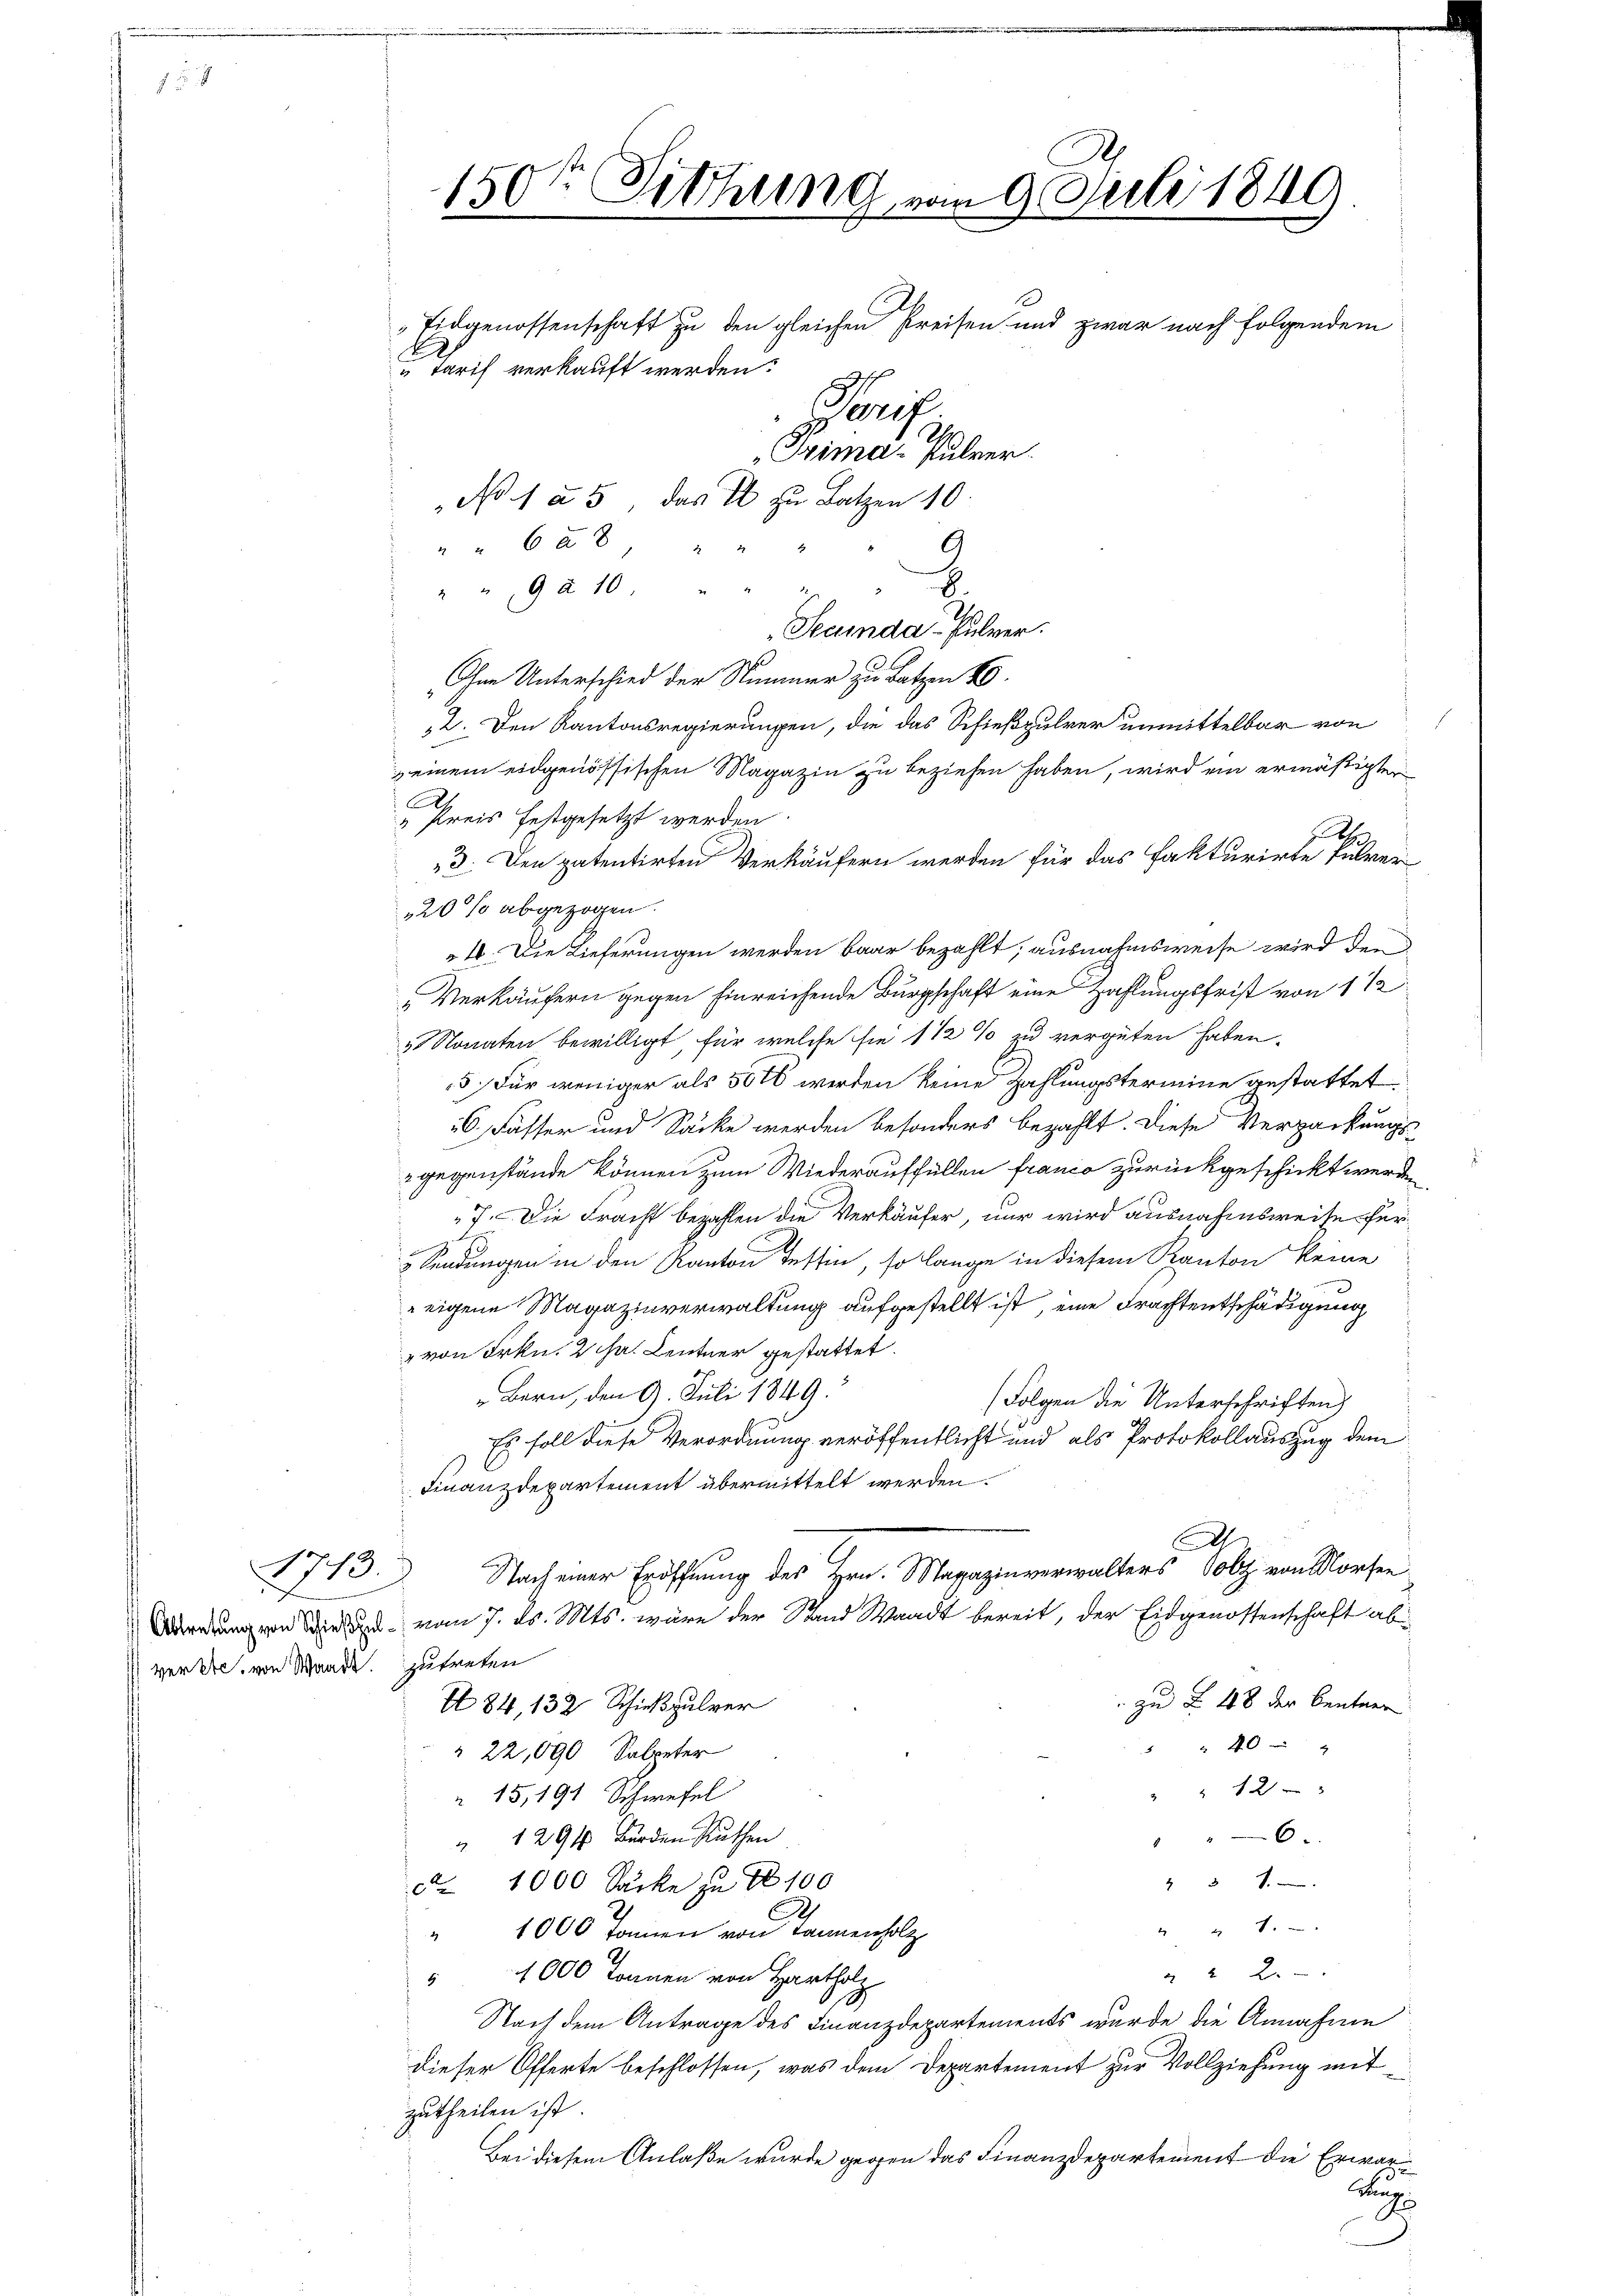
1713. J
verke, von Waadt zutreten

150sten Sitzung vom 9. Juli 1849
2
Eidgenossenschaft zu den gleichen Preisen und zwar nach folgendem
Tarif verkauft werden.
Porif
Trima- Pulver.
N 1 § 5, das Er zu Latzen 10.
 628
G

B
Ohne Unterschied der Nummer zu Batzen 20.
2. Den Kantonsregierungen, die das Schießpulver unmittelbar von
einem eidgenössischen Magazin zu beziehen haben, wird ein ermäßigter
Preis festgesetzt werden.
e
3. Den patentirten Verkäufern werden für das Fakturirte Pulver
20% abgezogen.
 4. Die Lieferungen werden Baar bezahlt, ausnahmsweise wird den
Verkäufern gegen hinreichende Bürgschaft eine Zahlungsfrist von 1 1/2
Nonaten bewilligt, für welche sie 1 1/2 % zu vergüten haben.
5) Für weniger als 501 werden keine Zahlungstermine gestattet
6. Fässer und Säcke werden besonders bezahlt. Diese Verpackungsgegenstände können zum Wiederauffüllen franco zurückgeschickt werden
7. Die Fracht bezahlen die Verkäufer, nur wird ausnahmsweise für
& Sendungen in den Kanton Tessin, so lange in diesem Kanton keine
eigene Magazinverwaltung aufgestellt ist, eine Frachtentschädigung
" von Frkn. 2 ha. Lentner gestattet.
Bern, den 9. Juli 1849.
Folgen die Unterschriften,
Es soll diese Verordnung veröffentlicht und als Protokollauszug dem
Finanzdepartement übermittelt werden.
d
Nach einer Eröffnung des Hrn. Magazinverwalters Volz von Morfen
Abredungen die vom 7. ds. Mts. wäre der Stand Waadt bereit, der Eidgenossenschaft ab¬
 zu § 48 der Centner
I 84, 132 Schießpulver
 40 xx
" 22,090 Salpeter
 12 x
 15, 191 Schwefel
6
1291 Bürden Rathen
2
4 31.
ca 1000 Säcke zu No 100
1
" 1000 Tannen von Tannenholz
 2
" 4000 Tonnen von Hartholz
Stach dem Antrage des Finanzdepartements wurde die Annahme
dieser Offerte beschlossen, was dem Departement zur Vollziehung mitzutheilen ist.
Bei diesem Anlaße wurde gegen das Finanzdepartement die Erwar¬

" " 9 § 10.
Secunda- Pulver.

Ku